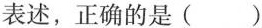
表述，正确的是()